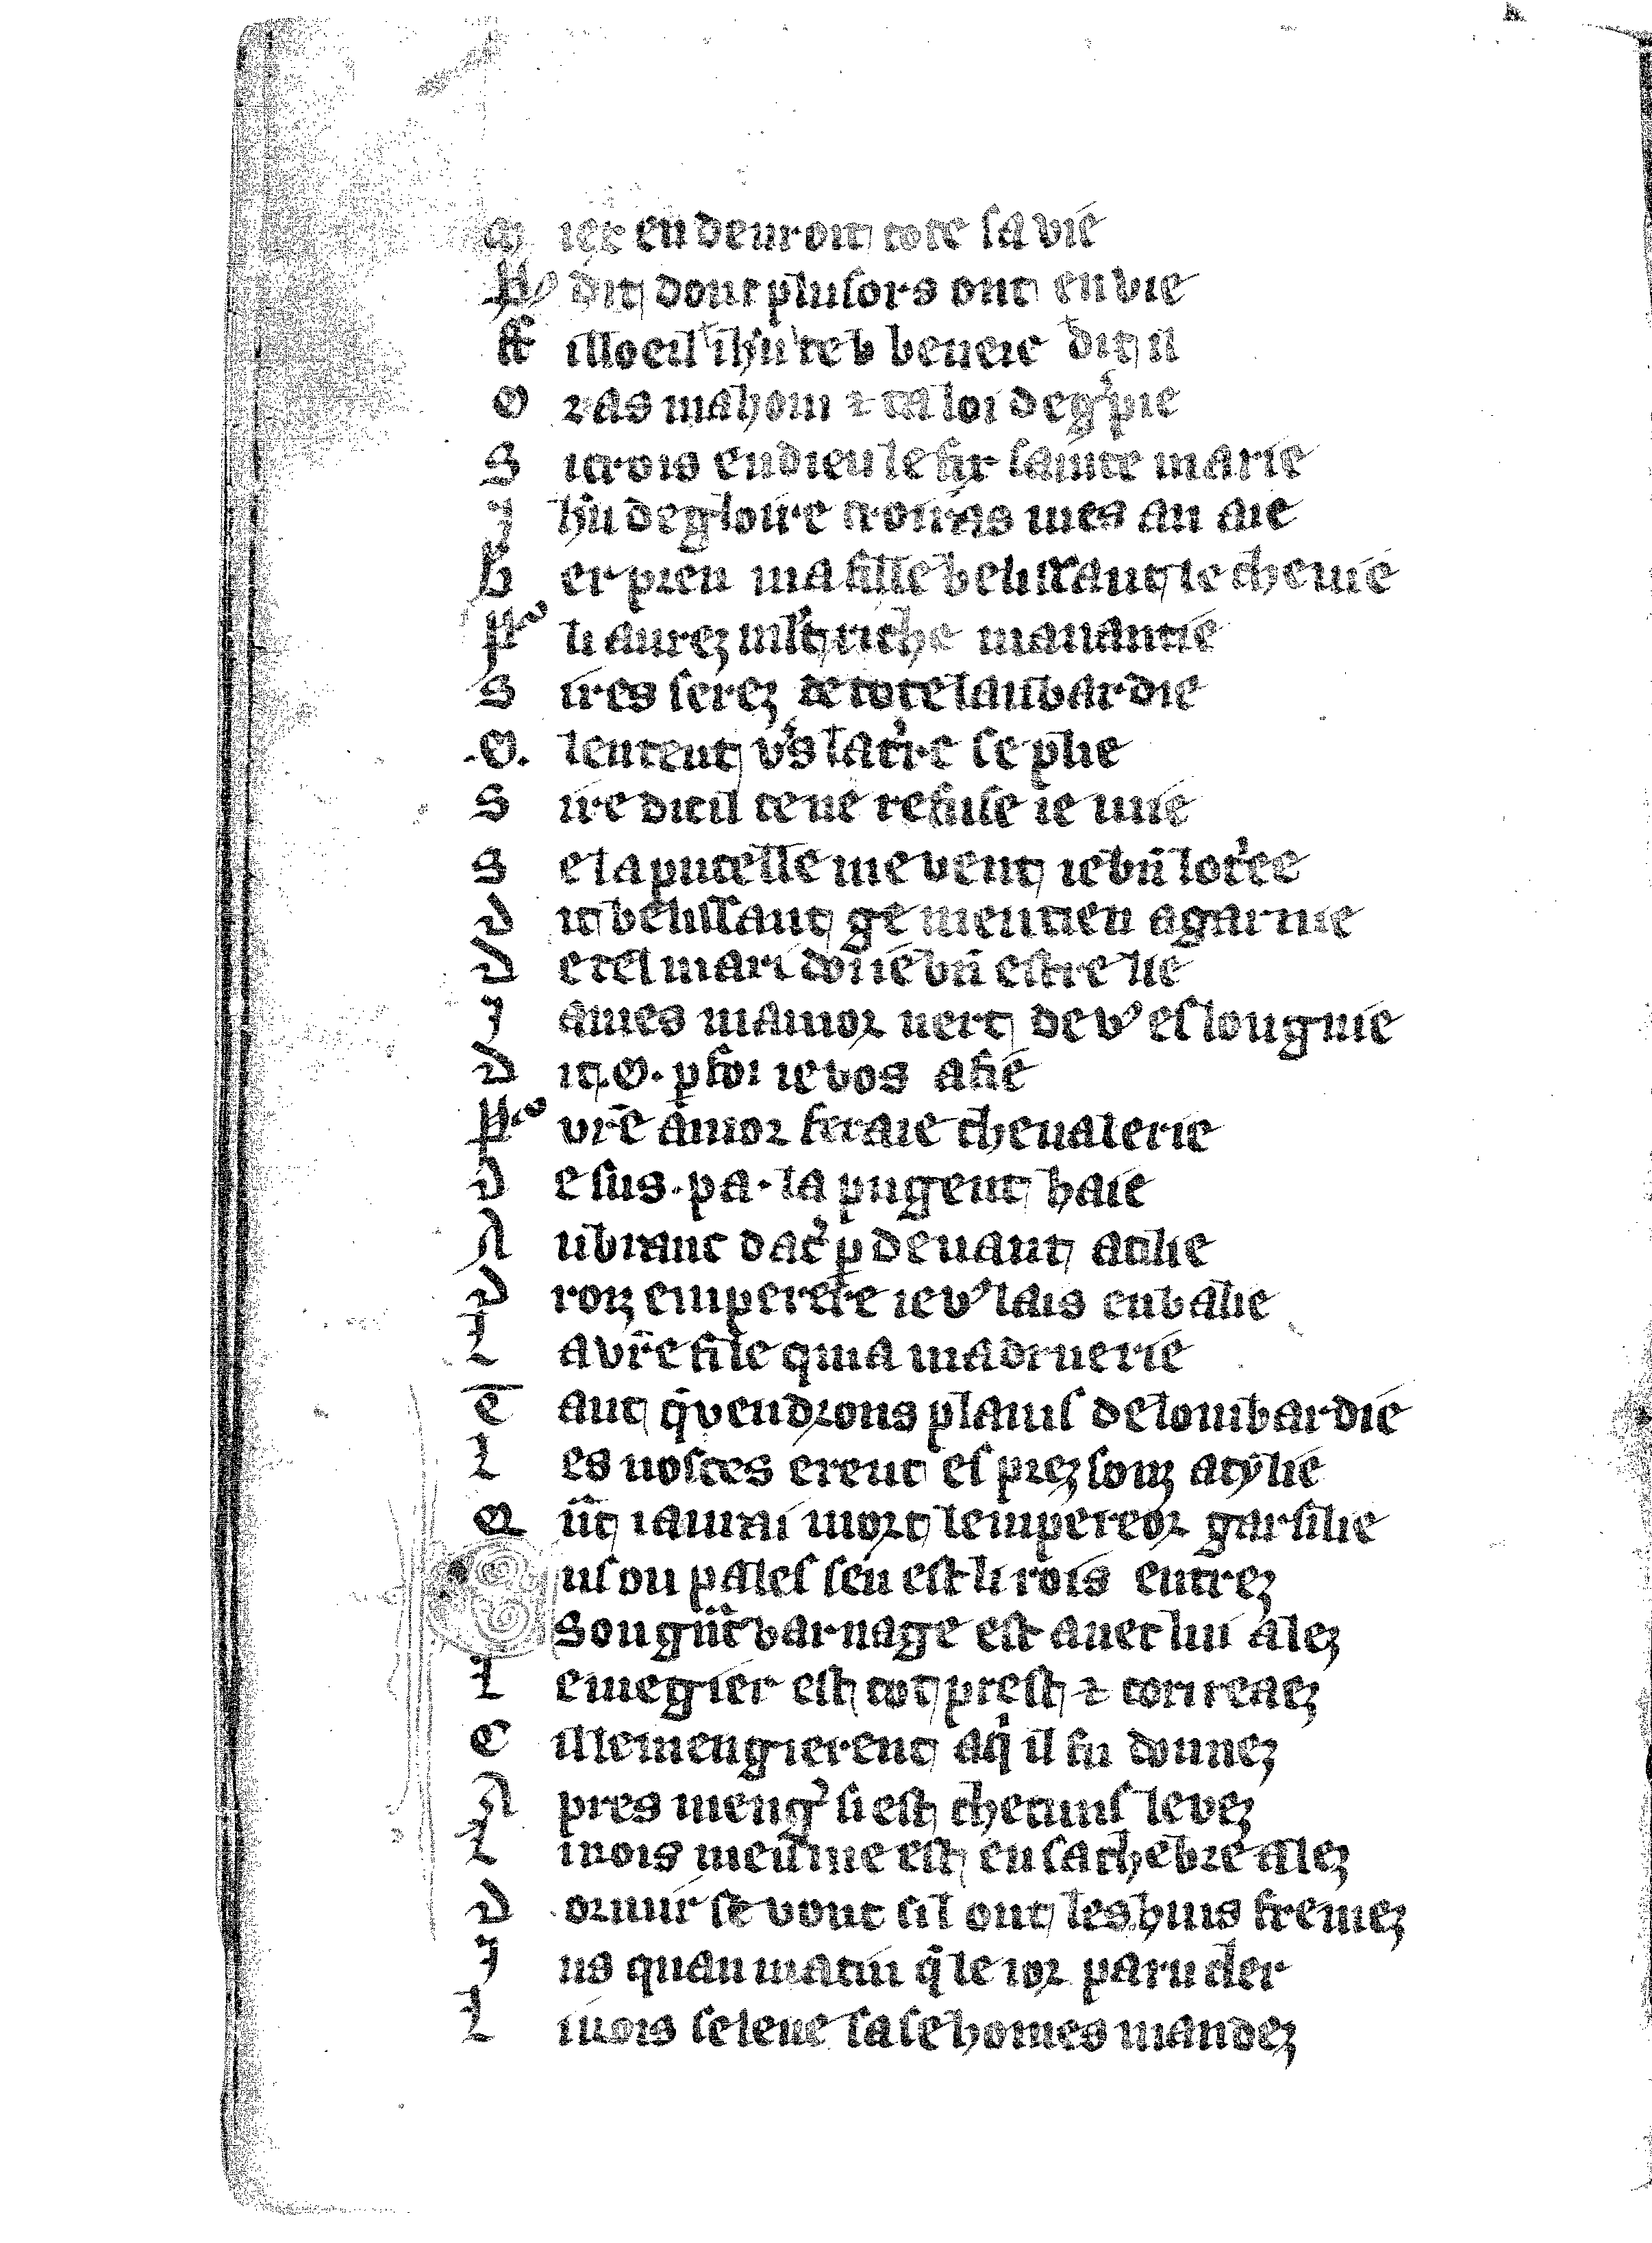
Shelfmark: Vatican, Biblioteca apostolica vaticana, Reg.lat. 1616
Century: 14